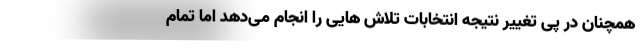
همچنان در پی تغییر نتیجه انتخابات تلاش هایی را انجام می‌دهد اما تمام